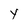
Character: Y